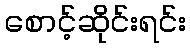
စောင့်ဆိုင်းရင်း